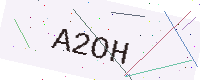
Text: A2OH